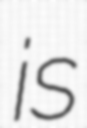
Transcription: is